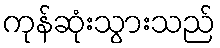
ကုန်ဆုံးသွားသည်